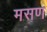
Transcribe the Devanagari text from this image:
मसण